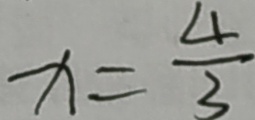
x = \frac { 4 } { 3 }